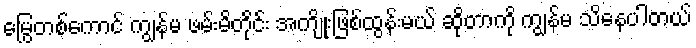
မြွေတစ်ကောင် ကျွန်မ ဖမ်းမိတိုင်း အကျိုးဖြစ်ထွန်းမယ် ဆိုတာကို ကျွန်မ သိနေပါတယ်